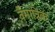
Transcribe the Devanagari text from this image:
वैमात्रिक